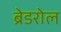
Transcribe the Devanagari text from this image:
ब्रेडरोल